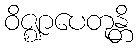
ဝိဇ္ဈာပေတုန္တိ